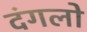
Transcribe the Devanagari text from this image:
दंगलो